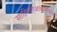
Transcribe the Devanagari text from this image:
साहित्याआकाशमलो